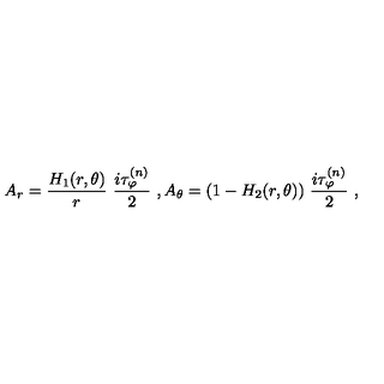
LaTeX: A _ { r } = \frac { H _ { 1 } ( r , \theta ) } { r } \ \frac { i \tau _ { \varphi } ^ { ( n ) } } { 2 } \ , A _ { \theta } = ( 1 - H _ { 2 } ( r , \theta ) ) \ \frac { i \tau _ { \varphi } ^ { ( n ) } } { 2 } \ ,